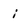
Character: i